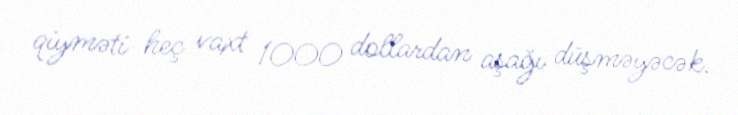
qiyməti heç vaxt 1000 dollardan aşağı düşməyəcək.